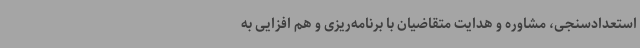
استعدادسنجی، مشاوره و هدایت متقاضیان با برنامه‌ریزی‌ و هم افزایی به